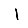
Digit: 1